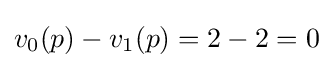
v_{0}(p)-v_{1}(p)=2-2=0